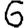
Digit: 6